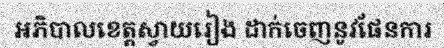
អភិបាលខេត្តស្វាយរៀង ដាក់ចេញនូវផែនការ